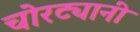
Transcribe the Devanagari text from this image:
चोरट्यानी